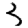
Digit: 3